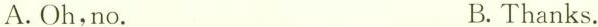
A. Oh , no. B. Thanks.